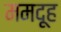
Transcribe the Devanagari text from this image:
ममदूह